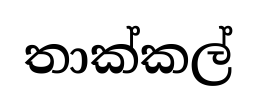
තාක්කල්